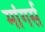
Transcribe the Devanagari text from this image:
मांगर्स